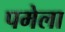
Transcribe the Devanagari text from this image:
पमेला